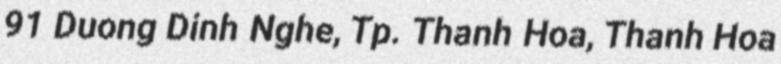
91 Duong Dinh Nghe, Tp. Thanh Hoa, Thanh Hoa